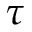
\tau